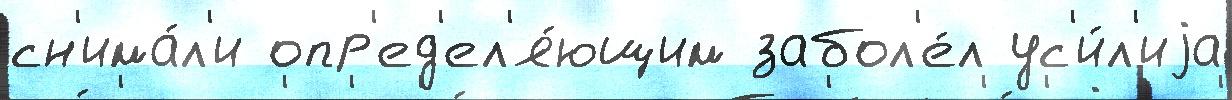
сн'има́л'и опр'ед'ел'я́ющим забол'е́л ус'и́л'иjа